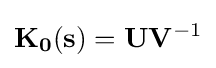
\mathbf {K_{0}(s)} =\mathbf {U} \mathbf {V} ^{-1}